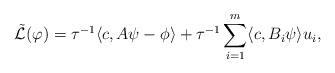
LaTeX: \begin{align*} \tilde{\mathcal{L}}(\varphi) = \tau^{-1}\langle c, A\psi - \phi\rangle + \tau^{-1}\sum_{i = 1}^m\langle c, B_i\psi\rangle u_i, \end{align*}